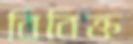
বিবিক্ত